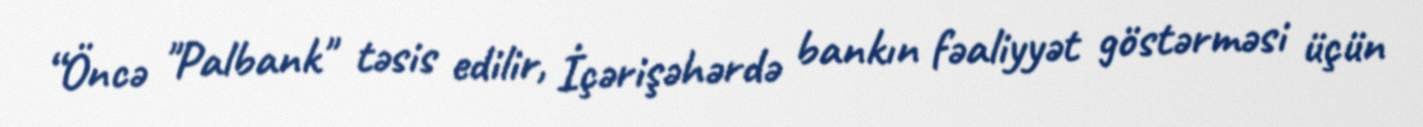
“Öncə "Palbank" təsis edilir, İçərişəhərdə bankın fəaliyyət göstərməsi üçün